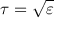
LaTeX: \tau = { \sqrt { \varepsilon } }